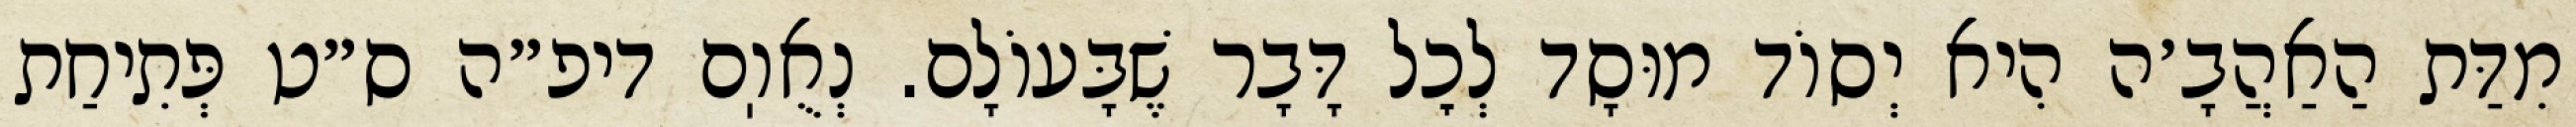
מִדַּת הַאַהֲבָ׳ה הִיא יְסוֹד מוּסָד לְכׇל דָּבָר שֶׁבָּעוֹלָם. נְאֻוֽם דיפ״ה ס״ט פְּתִיחַת